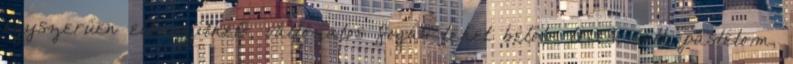
egyszerűen elkészíthető, változatos fogás lehet belőle leves, sült, pástétom,